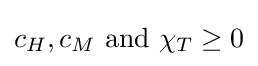
c_{H},c_{M}{\mbox{ and }}\chi _{T}\geq 0